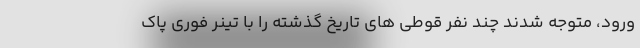
ورود، متوجه شدند چند نفر قوطی های تاریخ گذشته را با تینر فوری پاک